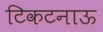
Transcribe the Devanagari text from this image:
टिकटनाऊ